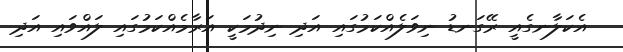
އެކަލާނގެއީ ރޭގަނޑު ނިވަލެއްކަމުގައި އަދި ނިދުމަކީ އަރާމެއްކަމުގައި ލައްވައި އަދި